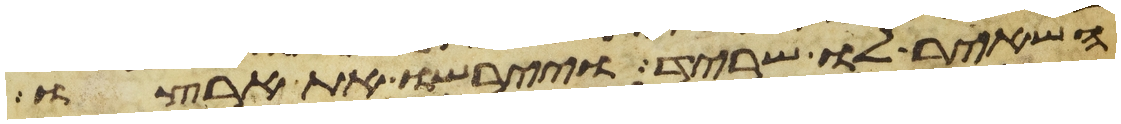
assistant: השאיר לו שריד ויירשו את ארצו